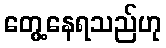
တွေ့နေရသည်ဟု